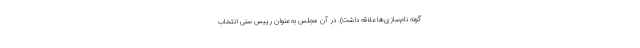
گونه نام‌سازی‌ها علاقه داشت). در آن مجلس به عنوان رییس سنی انتخاب